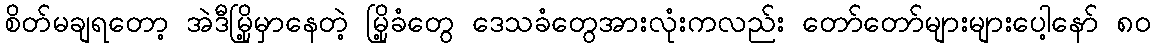
စိတ်မချရတော့ အဲဒီမြို့မှာနေတဲ့ မြို့ခံတွေ ဒေသခံတွေအားလုံးကလည်း တော်တော်များများပေါ့နော် ၈၀